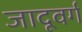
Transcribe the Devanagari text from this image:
जादूवर्ग